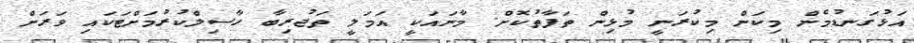
އަޅުގަނޑުމެން މިކަން މިކުރަނީ މުޅިން ތަފާތުކޮށް. މާނައަކީ އަމަލީ ތަޖުރިބާ ހާސިލްކުރުމަށްޓަކައި ވަރަށް